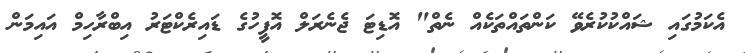
އެކަމުގައި ޝައްކުކުރެވޭ ކަންތައްތަކެއް ނެތް" އޮޑިޓަ ޖެނެރަލް އޮފީހުގެ ޑައިރެކްޓަރު އިބްރާހިމް އައިމަން